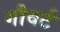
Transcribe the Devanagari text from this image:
गौवर्ट